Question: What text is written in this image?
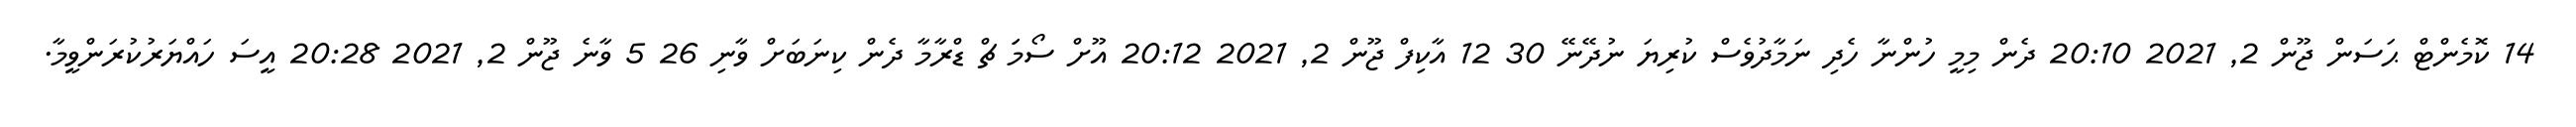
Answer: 14 ކޮމެންޓް ޙަސަން ޖޫން 2, 2021 20:10 ދެން މިމީ ހުންނާ ހެދި ނަމާދުވެސް ކުރިޔަ ނުދޭނޭ 30 12 އާކިފް ޖޫން 2, 2021 20:12 އޫށް ސޯމަަ ޗް ޑްރާމާ ދެން ކިނަބަށް ވާނި 26 5 ވާނެ ޖޫން 2, 2021 20:28 އީސަ ހައްޔަރުކުރަންވީމާ.